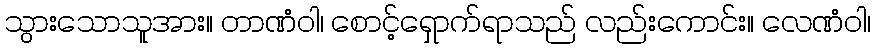
သွားသောသူအား။ တာဏံဝါ၊ စောင့်ရှောက်ရာသည် လည်းကောင်း။ လေဏံဝါ၊